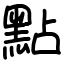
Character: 點